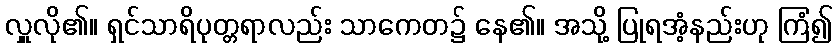
လှူလို၏။ ရှင်သာရိပုတ္တရာလည်း သာကေတ၌ နေ၏။ အသို့ ပြုရအံ့နည်းဟု ကြံ၍